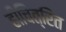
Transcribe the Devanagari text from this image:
हीचित्रित